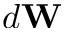
d \mathbf { W }